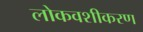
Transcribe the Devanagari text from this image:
लोकवशीकरण